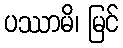
ပဿာမိ၊ မြင်